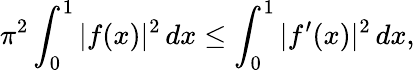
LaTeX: \pi^{2}\int_{0}^{1}|f(x)|^{2}\, dx\leq\int_{0}^{1}|f^{\prime}(x)|^{2}\, dx,